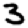
Digit: 3